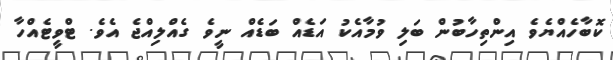
ކޮބާހެއްޔެވެ އިންތިހާބުން ބަލި ވުމާއެކު އަޑެއް ބަޑެއް ނީވެ ގެއްލިއްޖެ އެވެ. ޓްވީޓެއްހާ